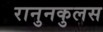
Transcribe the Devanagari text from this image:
रानुनकुलस